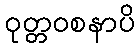
ဝုတ္တဝစနာပိ